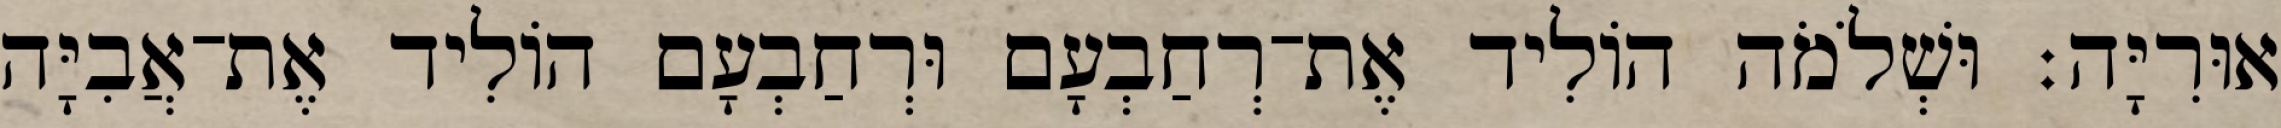
אוּרִיָּה׃ וּשְׁלֹמֹה הוֹלִיד אֶת־רְחַבְעָם וּרְחַבְעָם הוֹלִיד אֶת־אֲבִיָּה